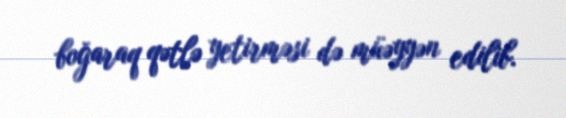
boğaraq qətlə yetirməsi də müəyyən edilib.